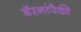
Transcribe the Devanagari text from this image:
बॅरनांपैकी